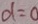
d = 0